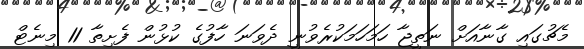
މެޗުގައި ގާނާއަށް ނަތީޖާ ހަމަހަމަކުރެވުނީ ދެވަނަ ހާފުގެ ކުޅުން ފެށިތާ 11 މިނެޓް